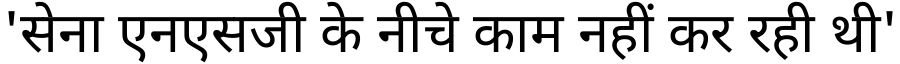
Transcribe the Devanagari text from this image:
'सेना एनएसजी के नीचे काम नहीं कर रही थी'